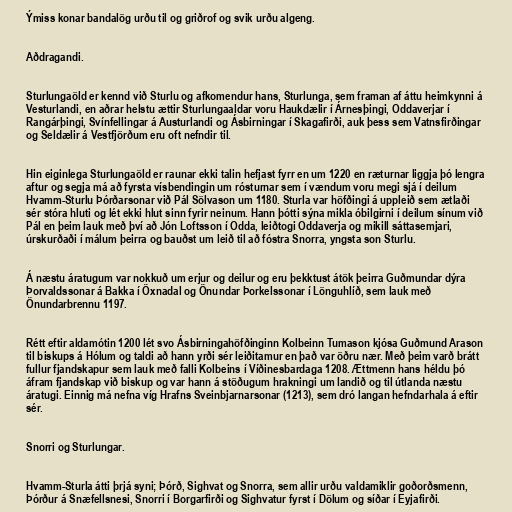
Ýmiss konar bandalög urðu til og griðrof og svik urðu algeng.

Aðdragandi.

Sturlungaöld er kennd við Sturlu og afkomendur hans, Sturlunga, sem framan af áttu heimkynni á
Vesturlandi, en aðrar helstu ættir Sturlungaaldar voru Haukdælir í Árnesþingi, Oddaverjar í
Rangárþingi, Svínfellingar á Austurlandi og Ásbirningar í Skagafirði, auk þess sem Vatnsfirðingar
og Seldælir á Vestfjörðum eru oft nefndir til.

Hin eiginlega Sturlungaöld er raunar ekki talin hefjast fyrr en um 1220 en ræturnar liggja þó lengra
aftur og segja má að fyrsta vísbendingin um rósturnar sem í vændum voru megi sjá í deilum
Hvamm-Sturlu Þórðarsonar við Pál Sölvason um 1180. Sturla var höfðingi á uppleið sem ætlaði
sér stóra hluti og lét ekki hlut sinn fyrir neinum. Hann þótti sýna mikla óbilgirni í deilum sínum við
Pál en þeim lauk með því að Jón Loftsson í Odda, leiðtogi Oddaverja og mikill sáttasemjari,
úrskurðaði í málum þeirra og bauðst um leið til að fóstra Snorra, yngsta son Sturlu.

Á næstu áratugum var nokkuð um erjur og deilur og eru þekktust átök þeirra Guðmundar dýra
Þorvaldssonar á Bakka í Öxnadal og Önundar Þorkelssonar í Lönguhlíð, sem lauk með
Önundarbrennu 1197.

Rétt eftir aldamótin 1200 lét svo Ásbirningahöfðinginn Kolbeinn Tumason kjósa Guðmund Arason
til biskups á Hólum og taldi að hann yrði sér leiðitamur en það var öðru nær. Með þeim varð brátt
fullur fjandskapur sem lauk með falli Kolbeins í Víðinesbardaga 1208. Ættmenn hans héldu þó
áfram fjandskap við biskup og var hann á stöðugum hrakningi um landið og til útlanda næstu
áratugi. Einnig má nefna víg Hrafns Sveinbjarnarsonar (1213), sem dró langan hefndarhala á eftir
sér.

Snorri og Sturlungar.

Hvamm-Sturla átti þrjá syni; Þórð, Sighvat og Snorra, sem allir urðu valdamiklir goðorðsmenn,
Þórður á Snæfellsnesi, Snorri í Borgarfirði og Sighvatur fyrst í Dölum og síðar í Eyjafirði.